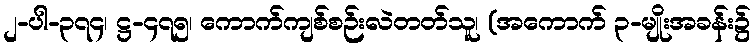
၂-ပါ-၃၇၄၊ ဋ္ဌ-၄၇၅၊ ကောက်ကျစ်စဉ်းလဲတတ်သူ၊ (အကောက် ၃-မျိုးအခန်း၌